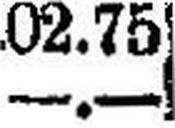
—.—